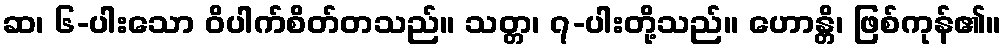
ဆ၊ ၆-ပါးသော ဝိပါက်စိတ်တသည်။ သတ္တ၊ ၇-ပါးတို့သည်။ ဟောန္တိ၊ ဖြစ်ကုန်၏။